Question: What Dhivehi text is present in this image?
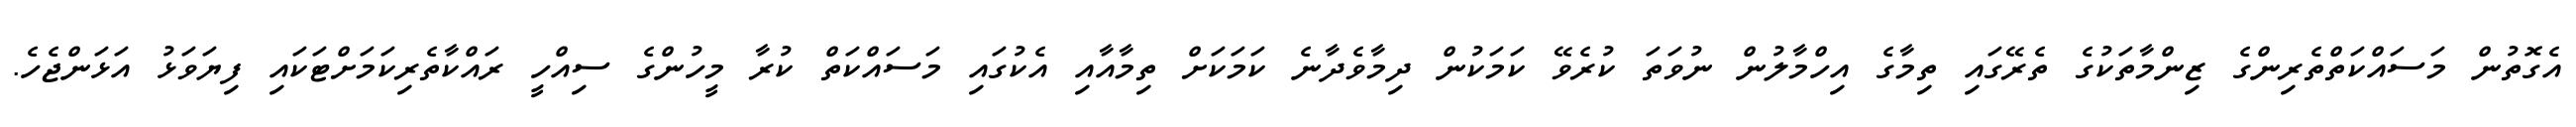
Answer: އެގޮތުން މަސައްކަތްތެރިންގެ ޒިންމާތަކުގެ ތެރޭގައި ތިމާގެ އިހްމާލުން ނުވަތަ ކުރެވޭ ކަމަކުން ދިމާވެދާނެ ކަމަކަށް ތިމާއާއި އެކުގައި މަސައްކަތް ކުރާ މީހުންގެ ސިއްހީ ރައްކާތެރިކަމަށްޓަކައި ފިޔަވަޅު އަޅަންޖެހެ.